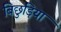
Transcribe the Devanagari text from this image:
बिछुड़िया